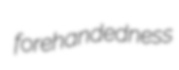
forehandedness